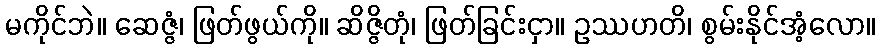
မကိုင်ဘဲ။ ဆေဇ္ဇံ၊ ဖြတ်ဖွယ်ကို။ ဆိဇ္ဇိတုံ၊ ဖြတ်ခြင်းငှာ။ ဥဿဟတိ၊ စွမ်းနိုင်အံ့လော။